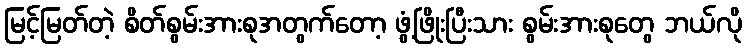
မြင့်မြတ်တဲ့ စိတ်စွမ်းအားစုအတွက်တော့ ဖွံ့ဖြိုးပြီးသား စွမ်းအားစုတွေ ဘယ်လို